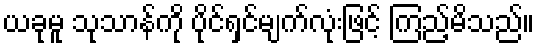
ယခုမူ သုသာန်ကို ပိုင်ရှင်မျက်လုံးဖြင့် ကြည့်မိသည်။